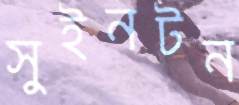
সুইনটন